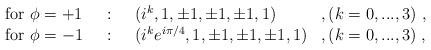
\begin{align*}\begin{array}{llll}\mbox{for }\phi=+1 &~:~ & (i^k,1,\pm1,\pm1,\pm1,1)& ,(k=0,...,3)~,\\\mbox{for }\phi=-1 &~:~ & (i^k e^{i\pi/4},1,\pm1,\pm1,\pm1,1) &,(k=0,...,3)\; ,\end{array}\end{align*}